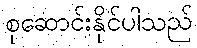
စုဆောင်းနိုင်ပါသည်